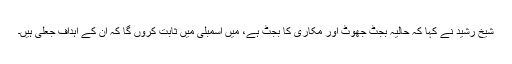
شیخ رشید نے کہا کہ حالیہ بجٹ جھوٹ اور مکاری کا بجٹ ہے، میں اسمبلی میں ثابت کروں گا کہ ان کے اہداف جعلی ہیں۔